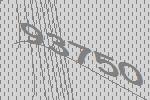
93750